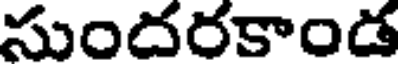
సుందరకాండ